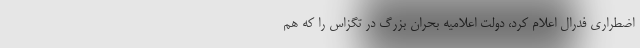
اضطراری فدرال اعلام کرد، دولت اعلامیه بحران بزرگ در تگزاس را که هم